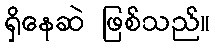
ရှိနေဆဲ ဖြစ်သည်။